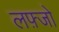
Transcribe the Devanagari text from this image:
लफ़्जो